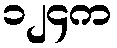
၁၂၄က